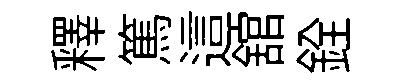
釋篤這舘銓